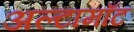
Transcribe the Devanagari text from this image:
अल्टामाँट